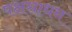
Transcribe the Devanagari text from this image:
पक्षसाधन